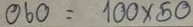
060 = 100 x 50